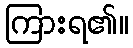
ကြားရ၏။